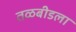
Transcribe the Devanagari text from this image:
तळबीडला